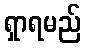
ရှာရမည်